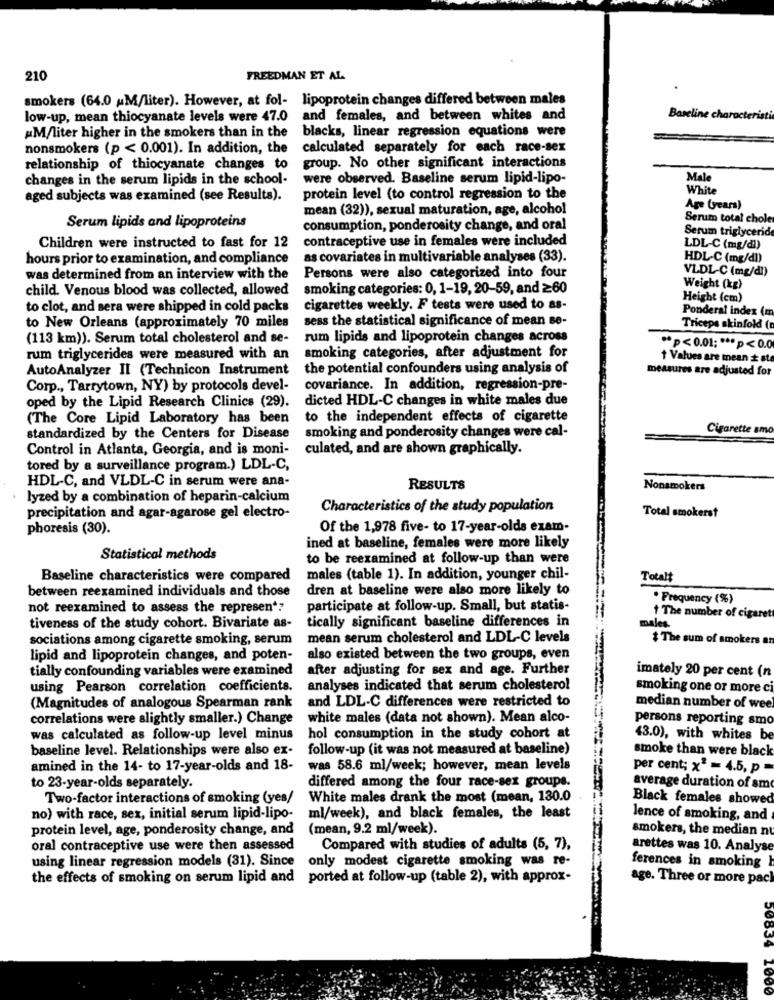
210
FREEDMAN ET AL
smokers (64.0 M/liter). However, at fol- lipoprotein changes differed between males
low-up, mean thiocyanate levels were 47.0
and females, and between whites and
Baseline characteristi
#M/liter higher in the smokers than in the
blacks, linear regression equations were
nonsmokers (p < 0.001). In addition, the
calculated separately for each race-sex
relationship of thiocyanate changes to
group. No other significant interactions
changes in the serum lipids in the school-
were observed. Baseline serum lipid-lipo-
Male
White
aged subjects was examined (see Results).
protein level (to control regression to the
mean (32)), sexual maturation, age, alcohol
Age (years)
Serum total chole
Serum lipids and lipoproteins
consumption, ponderosity change, and oral
Serum triglycerid
contraceptive use in females were included
Children were instructed to fast for 12
LDL-C (mg/dl)
hours prior to examination, and compliance
as covariates in multivariable analyses (33).
HDL-C (mg/dl)
Persons were also categorized into four
VLDL-C (mg/dl)
was determined from an interview with the
child. Venous blood was collected, allowed
smoking categories: 0, 1-19, 20-59, and ≥60
Weight (kg)
Height (cm)
to clot, and sera were shipped in cold packs
cigarettes weekly. F tests were used to as-
Ponderal index (m
sess the statistical significance of mean se-
to New Orleans (approximately 70 miles
Triceps skinfold (
(113 km)). Serum total cholesterol and se-
rum lipids and lipoprotein changes across
smoking categories, after adjustment for
** p<0.01 ;*** p<0.0
rum triglycerides were measured with an
+ Values are mean + ste
AutoAnalyzer II (Technicon Instrument
the potential confounders using analysis of
measures are adjusted for
Corp ., Tarrytown, NY) by protocols devel-
covariance. In addition, regression-pre-
dicted HDL-C changes in white males due
oped by the Lipid Research Clinics (29).
(The Core Lipid Laboratory has been
to the independent effects of cigarette
smoking and ponderosity changes were cal-
Cigarette amo
standardized by the Centers for Disease
Control in Atlanta, Georgia, and is moni-
culated, and are shown graphically.
tored by a surveillance program.) LDL-C,
HDL-C, and VLDL-C in serum were ana-
RESULTS
Nonsmokers
lyzed by a combination of heparin-calcium
Characteristics of the study population
precipitation and agar-agarose gel electro-
Total smokerst
phoresis (30).
Of the 1,978 five- to 17-year-olds exam-
ined at baseline, females were more likely
Statistical methods
to be reexamined at follow-up than were
Baseline characteristics were compared
males (table 1). In addition, younger chil-
Totalt
between reexamined individuals and those
dren at baseline were also more likely to
. Frequency (%)
not reexamined to assess the represent?
participate at follow-up. Small, but statis-
tically significant baseline differences in
males.
1 The number of cigarett
tiveness of the study cohort. Bivariate as-
sociations among cigarette smoking, serum
mean serum cholesterol and LDL-C levels
# The sum of smokers an
lipid and lipoprotein changes, and poten-
also existed between the two groups, even
tially confounding variables were examined
after adjusting for sex and age. Further
imately 20 per cent (n
using Pearson correlation coefficients.
analyses indicated that serum cholesterol
smoking one or more c
(Magnitudes of analogous Spearman rank
and LDL-C differences were restricted to
median number of wee
correlations were slightly smaller.) Change
white males (data not shown). Mean alco-
persons reporting smo
was calculated as follow-up level minus
hol consumption in the study cohort at
43.0), with whites be
baseline level. Relationships were also ex-
follow-up (it was not measured at baseline)
smoke than were black
amined in the 14- to 17-year-olds and 18-
was 58.6 ml/week; however, mean levels
per cent; x2 = 4.5, p =
to 23-year-olds separately.
differed among the four race-sex groups.
average duration of smo
Two-factor interactions of smoking (yes/
White males drank the most (mean, 130.0
Black females showed
no) with race, sex, initial serum lipid-lipo-
ml/week), and black females, the least
lence of smoking, and
protein level, age, ponderosity change, and
(mean, 9.2 ml/week).
smokers, the median nt
oral contraceptive use were then assessed
Compared with studies of adults (5, 7),
arettes was 10. Analyse
using linear regression models (31). Since only modest cigarette smoking was re-
ferences in smoking h
the effects of smoking on serum lipid and ported at follow-up (table 2), with approx-
age. Three or more pac
00834 1000